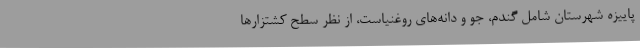
پاییزه شهرستان شامل گندم، جو و دانه‌های روغنیاست، از نظر سطح کشتزارها